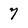
Character: 7